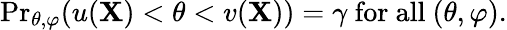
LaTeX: {\operatorname*{Pr}}_{\theta,\varphi}(u(\mathbf{X})<\theta<v(\mathbf{X}))=\gamma{\mathrm{{~for~all~}}}(\theta,\varphi).